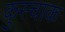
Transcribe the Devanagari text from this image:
कुस्चाक